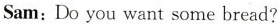
Sam: Do you want some bread?